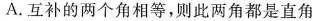
A.互补的两个角相等，则此两角都是直角